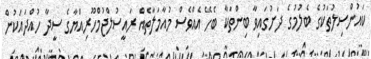
ކައުންސިލުތަކުގެ ބެލުމުގެ ދަށުގައިވާ ބިންތަކާ ބެހޭ އެއްވެސް މުއާމަލާތެއް ރައީސުލްޖުމްހޫރިއްޔާގެ ސީދާ ހުއްދައަކުން